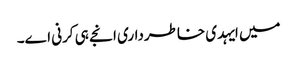
میں ایہدی خاطرداری انجے ہی کرنی اے۔